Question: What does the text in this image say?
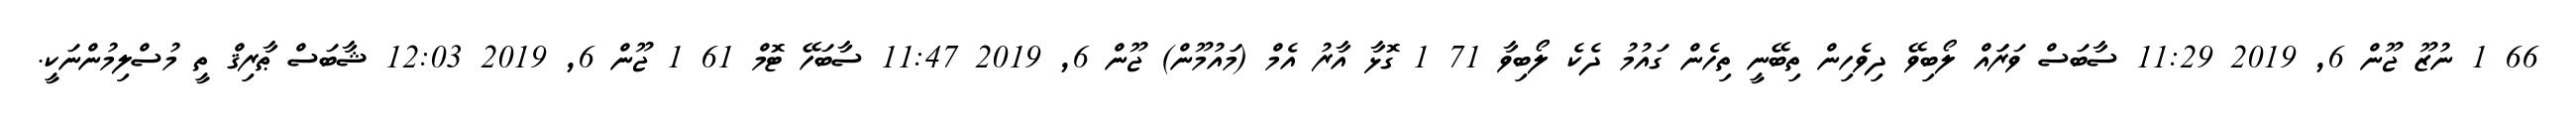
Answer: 66 1 ނުޒޫ ޖޫން 6, 2019 11:29 ސާބަސް ވަރަައް ލޯބިވޭ ދިވެހިން ތިބޭނީ ތިހެން ގައުމު ދެކެ ލޯބިވާ 71 1 ގޮޅާ އާރު އެމް (މައުމޫން) ޖޫން 6, 2019 11:47 ސާބަހޭ ޓޮމް 61 1 ޖޫން 6, 2019 12:03 ޝާބަސް ޠާރިޤް ތީ މުސްލިމުންނަކީ.